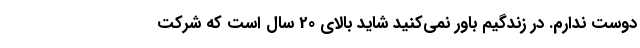
دوست ندارم. در زندگیم باور نمی‌کنید شاید بالای 20 سال است که شرکت